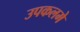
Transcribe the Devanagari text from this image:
उपकलमे